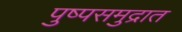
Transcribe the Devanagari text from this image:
पुष्पसमुद्रात